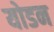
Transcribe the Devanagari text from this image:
योडन